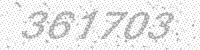
Solution: 361703